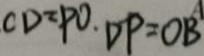
C D = P O . D P = O B